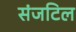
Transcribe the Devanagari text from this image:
संजटिल